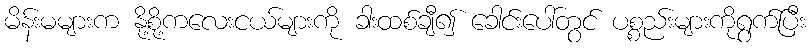
မိန်းမများက နို့စို့ကလေးငယ်များကို ခါးထစ်ချီ၍ ခေါင်းပေါ်တွင် ပစ္စည်းများကိုရွက်ပြီး